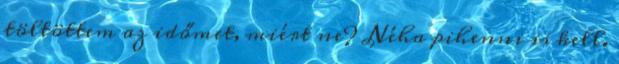
töltöttem az időmet, miért ne? Néha pihenni is kell.